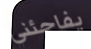
يفاجئني